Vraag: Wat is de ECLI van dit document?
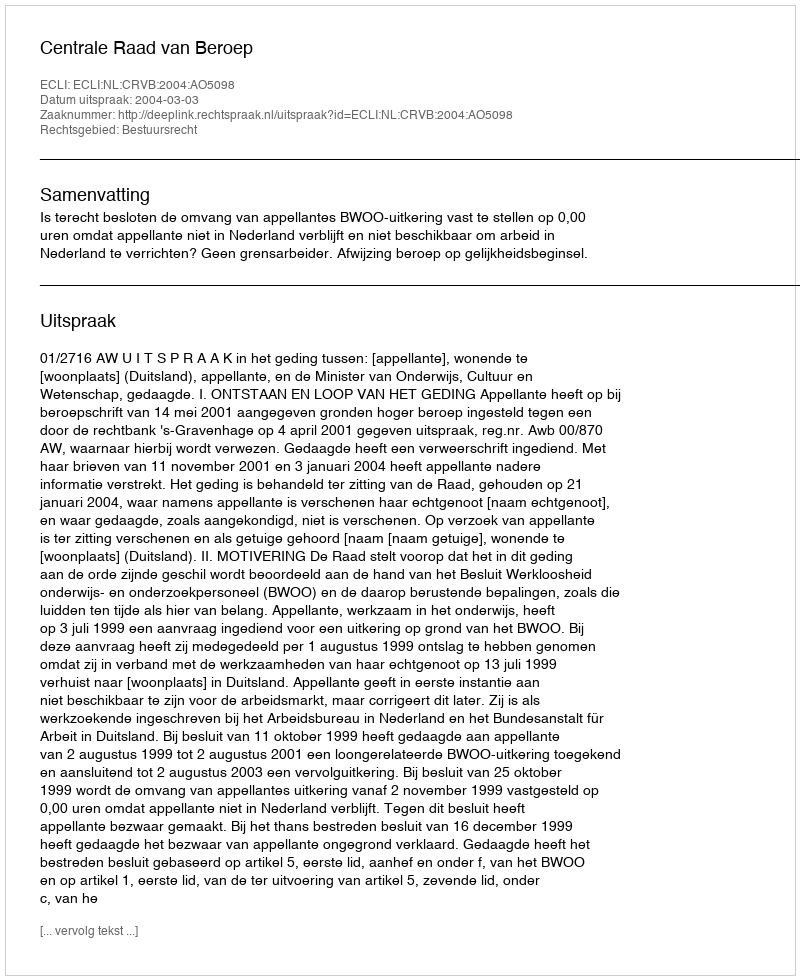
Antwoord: ECLI:NL:CRVB:2004:AO5098